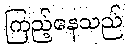
ကြည့်နေသည်